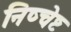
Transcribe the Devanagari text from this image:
निष्चेष्ट